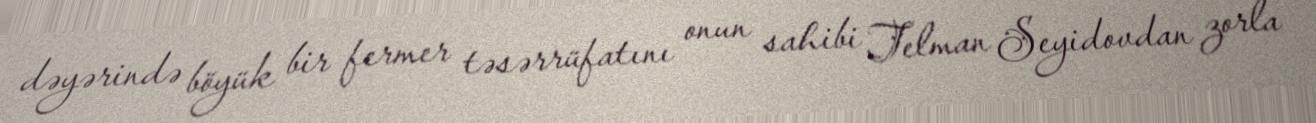
dəyərində böyük bir fermer təsərrüfatını onun sahibi Telman Seyidovdan zorla